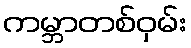
ကမ္ဘာတစ်ဝှမ်း